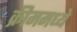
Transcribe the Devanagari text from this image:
क्रीममध्ये